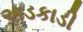
અડકાડી